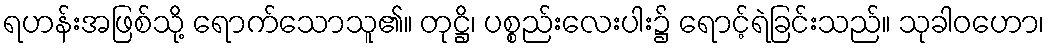
ရဟန်းအဖြစ်သို့ ရောက်သောသူ၏။ တုဋ္ဌိ၊ ပစ္စည်းလေးပါး၌ ရောင့်ရဲခြင်းသည်။ သုခါဝဟော၊